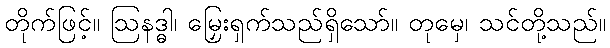
တိုက်ဖြင့်။ ဩနဒ္ဓါ၊ မြှေးရှက်သည်ရှိသော်။ တုမှေ၊ သင်တို့သည်။